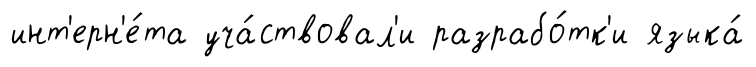
инт'ерн'е́та уча́ствовал'и разрабо́тк'и языка́